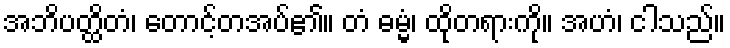
အဘိပတ္ထိတံ၊ တောင့်တအပ်၏။ တံ ဓမ္မံ၊ ထိုတရားကို။ အဟံ၊ ငါသည်။